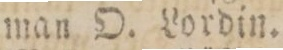
man O. Lordin.